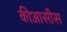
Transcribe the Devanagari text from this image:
कीआसीस